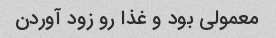
معمولی بود و غذا رو زود آوردن